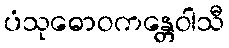
ပံသုဓောဝကန္တေဝါသီ